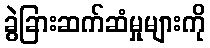
ခွဲခြားဆက်ဆံမှုများကို